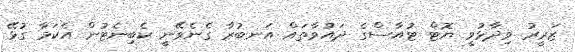
ޒަރީރު ވިދާޅުވީ ޔޮޓް ޓުއާސްގެ ދައުވާތައް އަނބުރާ ގެނެވޭނީ ކެބިނެޓުން އެކަމާ ގުޅޭ